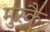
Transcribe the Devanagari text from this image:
मुस्कै